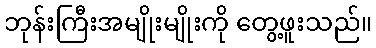
ဘုန်းကြီးအမျိုးမျိုးကို တွေ့ဖူးသည်။